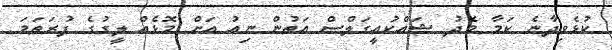
ކުޅެވިދާނެ ކަމާ މެދު ޝައްކުއީގަލްސް އަތުން ނިއު އަށް މޮޅެއް ލީގުގެ ފުރަތަމަ